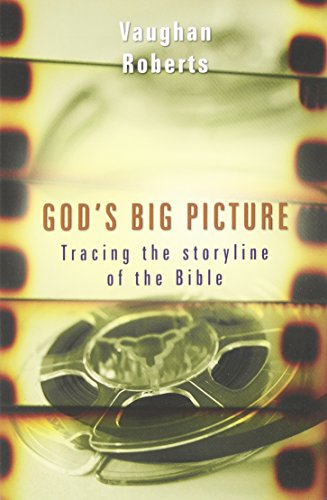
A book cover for God's Big Picture: Tracing the Storyline of the Bible; Vaughan Roberts; Christian Books & Bibles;